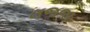
લજજા